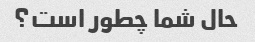
حال شما چطور است؟